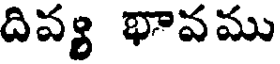
దివ్య భావము